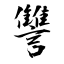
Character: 讐